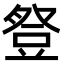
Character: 豋